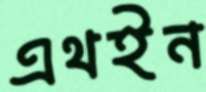
এথইন